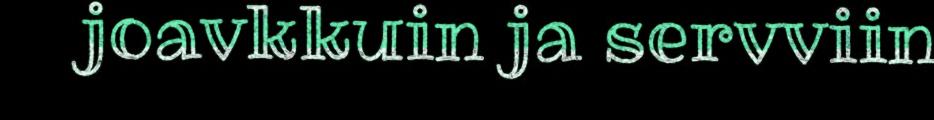
joavkkuin ja servviin